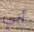
أبي